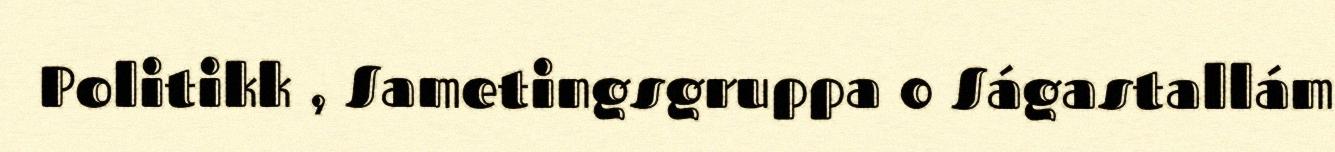
Politikk , Sametingsgruppa 0 Ságastallám